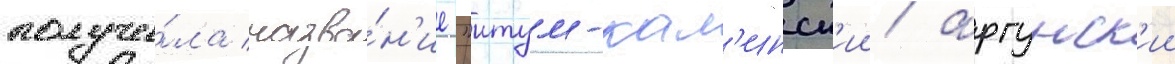
получи́ла назва́н'ие "итум-кал'инск'ии/ аргунск'ии